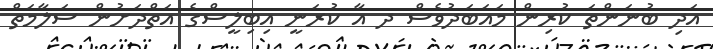
އަދި ބުނަންތަ ކުރިން މައަބަދުވެސް ދ އާ ކުރަނީ އިބިލީސްގެ އަތްދަށުން ސަލާމަތް